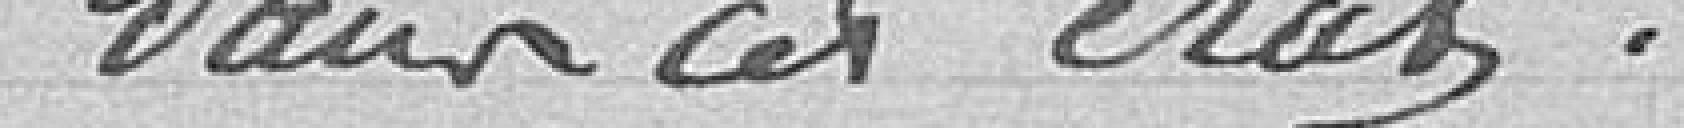
dans cet état.